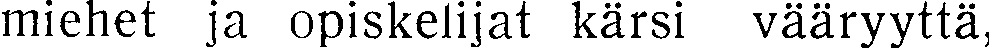
miehet ja opiskelijat kärsi vääryyttä,